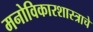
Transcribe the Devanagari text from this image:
मनोविकारशास्त्राचे